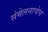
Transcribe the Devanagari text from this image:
संमेलनाचेच